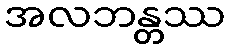
အလဘန္တဿ